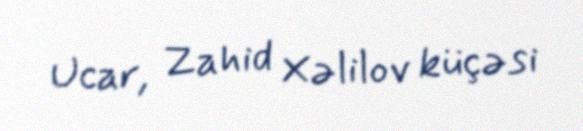
Ucar, Zahid Xəlilov küçəsi